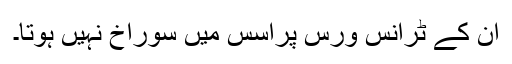
ان کے ٹرانس ورس پراسس میں سوراخ نہیں ہوتا۔